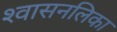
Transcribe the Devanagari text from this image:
श्‍वासनलिका